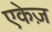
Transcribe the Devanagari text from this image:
एकेज़